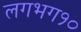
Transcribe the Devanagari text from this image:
लगभग१०